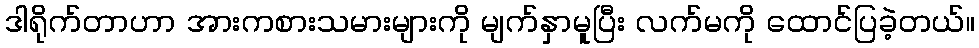
ဒါရိုက်တာဟာ အားကစားသမားများကို မျက်နှာမူပြီး လက်မကို ထောင်ပြခဲ့တယ်။